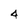
Character: 4